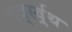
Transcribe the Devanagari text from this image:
वर्द्स्व्र्थ